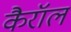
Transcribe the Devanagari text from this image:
कैरॉल